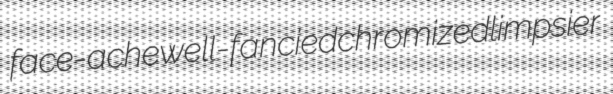
face-ache well-fancied chromized limpsier